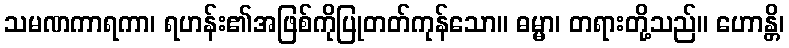
သမဏကာရကာ၊ ရဟန်း၏အဖြစ်ကိုပြုတတ်ကုန်သော။ ဓမ္မာ၊ တရားတို့သည်။ ဟောန္တိ၊